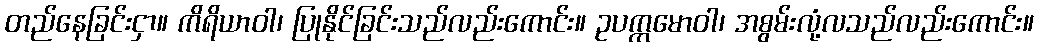
တည်နေခြင်းငှာ။ ကိရိယာဝါ၊ ပြုနိုင်ခြင်းသည်လည်းကောင်း။ ဥပက္ကမောဝါ၊ အစွမ်းလုံ့လသည်လည်းကောင်း။